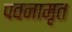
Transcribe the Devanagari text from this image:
पवनामृत